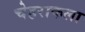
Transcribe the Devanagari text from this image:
चेहराकला